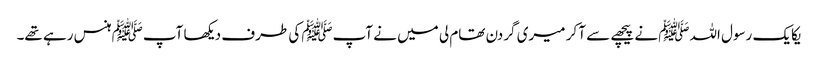
یکایک رسول اللہﷺ نے پیچھے سے آ کر میری گردن تھام لی میں نے آپﷺ کی طرف دیکھا آپﷺ ہنس رہے تھے۔